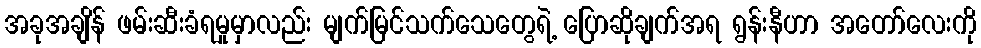
အခုအချိန် ဖမ်းဆီးခံရမှုမှာလည်း မျက်မြင်သက်သေတွေရဲ့ ပြောဆိုချက်အရ ရွန်းနီဟာ အတော်လေးကို